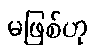
မဖြစ်ဟု